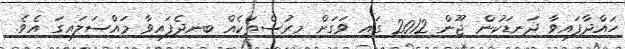
ހައްދާފައިވާ ދަނޑަކުން ޖޫން 2012 ގައި ވަގަށް މިރުސްތަކެއް ބިނދެފައިވާ މައްސަލައިގަ އެވެ.